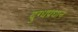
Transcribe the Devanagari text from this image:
दुग्धप्रधान